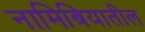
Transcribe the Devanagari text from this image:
नामिबियातील